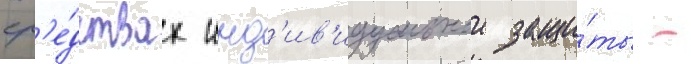
ср'е́дствах инд'ив'идуальнои защи́ты -